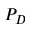
P _ { D }